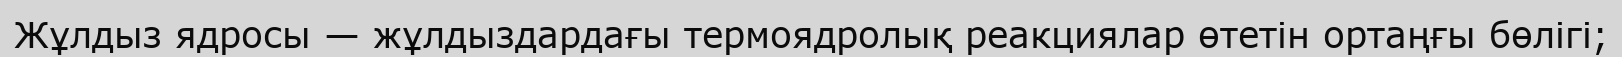
Жұлдыз ядросы — жұлдыздардағы термоядролық реакциялар өтетін ортаңғы бөлігі;